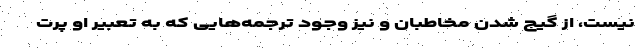
نیست، از گیج شدن مخاطبان و نیز وجود ترجمه‌هایی که به تعبیر او پرت